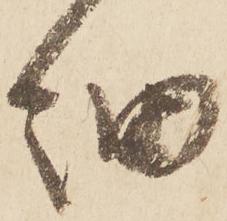
細